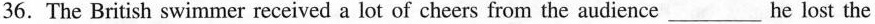
36.The British swimmer received a lot of cheers from the audience ___ he lost the